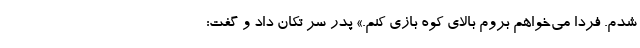
شدم. فردا می‌خواهم بروم بالای کوه بازی کنم.» پدر سر تکان داد و گفت: